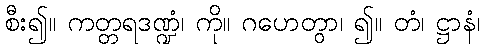
စီး၍။ ကတ္တရဒဏ္ဍံ၊ ကို။ ဂဟေတွာ၊ ၍။ တံ၊ ဋ္ဌာနံ၊